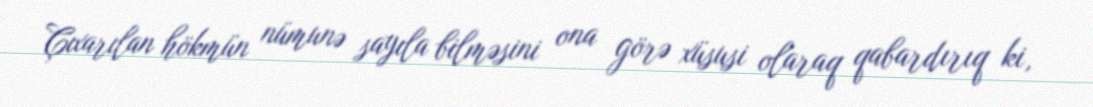
Çıxarılan hökmün nümunə sayıla bilməsini ona görə xüsusi olaraq qabardırıq ki,